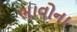
ભાવોના